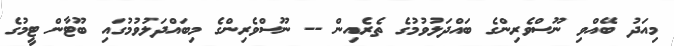
މިއަދު ބޭއްވި ނޫސްވެރިންގެ ބައްދަލުވުމުގެ ތެރެއިން -- ނޫސްވެރިންގެ މިބައްދަލުވުމުގައި ބޫޓާން ޓީމުގެ